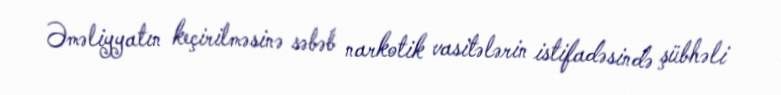
Əməliyyatın keçirilməsinə səbəb narkotik vasitələrin istifadəsində şübhəli